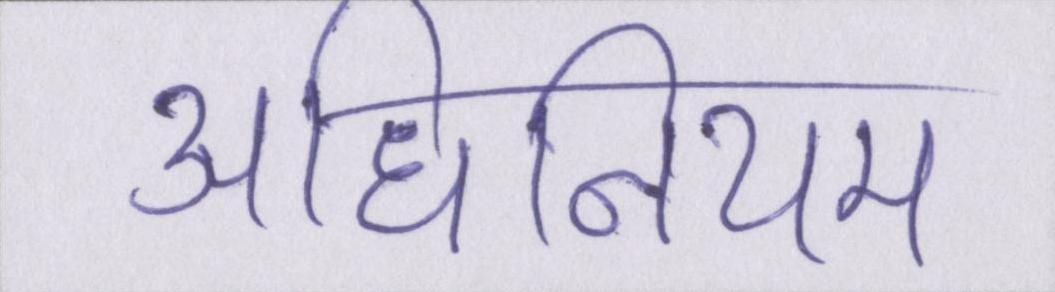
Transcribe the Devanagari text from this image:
अधिनियम